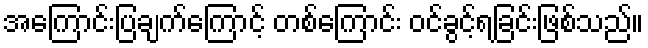
အကြောင်းပြချက်ကြောင့် တစ်ကြောင်း ဝင်ခွင့်ရခြင်းဖြစ်သည်။